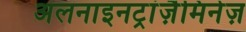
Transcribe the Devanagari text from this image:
अलनाइनट्रांज़ैमिनेज़